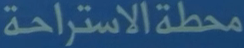
محطة الاستراحة